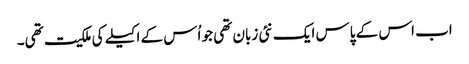
اب اس کے پاس ایک نئی زبان تھی جو اُس کے اکیلے کی ملکیت تھی۔